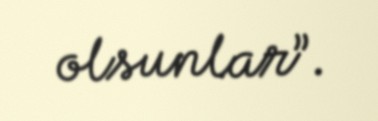
olsunlar”.